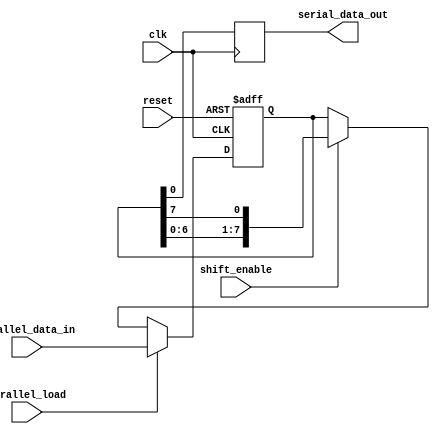
module parallel_in_serial_out_register (
  input wire clk,
  input wire reset,
  input wire parallel_load,
  input wire shift_enable,
  input wire [7:0] parallel_data_in,
  output reg serial_data_out
);

reg [7:0] parallel_data;

always @(posedge clk or posedge reset) begin
  if (reset) begin
    parallel_data <= 8'b0;
  end else if (parallel_load) begin
    parallel_data <= parallel_data_in;
  end else if (shift_enable) begin
    parallel_data <= {parallel_data[6:0], parallel_data[7]};
  end
end

always @(posedge clk) begin
  serial_data_out <= parallel_data[0];
end

endmodule